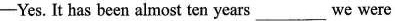
—Yes. It has been almost ten years___we were